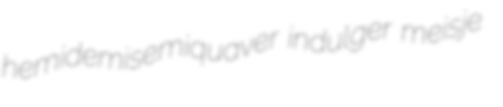
hemidemisemiquaver indulger meisje